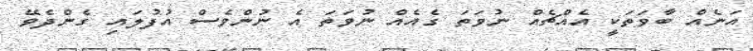
އަނެއް ބާވަތަކީ އެއްޗެއް ނުވަތަ ގެއެއް ނުވަތަ އެ ނުންވެސް އުފުލައި ގެންދެވޭ